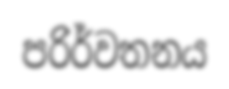
පරිර්වතනය